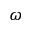
\omega